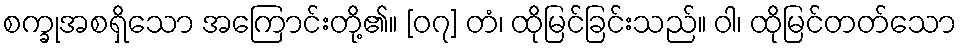
စက္ခုအစရှိသော အကြောင်းတို့၏။ [၀၇] တံ၊ ထိုမြင်ခြင်းသည်။ ဝါ၊ ထိုမြင်တတ်သော